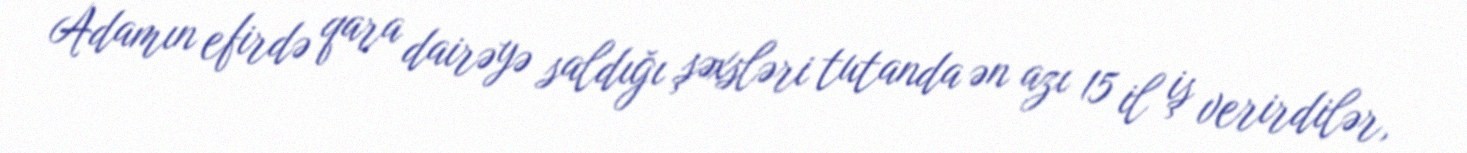
Adamın efirdə qara dairəyə saldığı şəxsləri tutanda ən azı 15 il iş verirdilər,